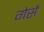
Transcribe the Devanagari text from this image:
गेसें